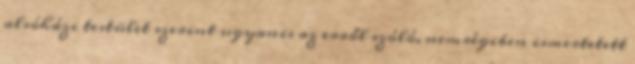
alsóházi testület szerint ugyanis az erről szóló, nemrégiben ismertetett